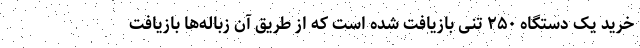
خرید یک دستگاه ۲۵۰ تنی بازیافت شده است که از طریق آن زباله‌ها بازیافت